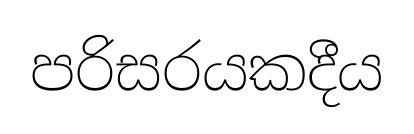
පරිසරයකදීය